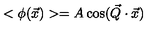
< \phi ( \vec { x } ) > = A \cos ( \vec { Q } \cdot \vec { x } )